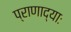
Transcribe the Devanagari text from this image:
प्राणाद्याः